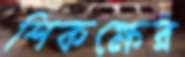
শিকক্ষের